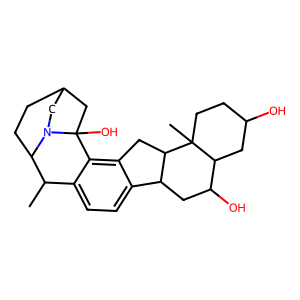
SMILES: CC1c2ccc3c(c2C2(O)CC4CCC1N2C4)CC1C3CC(O)C2CC(O)CCC21C
Inhibits HIV replication: No